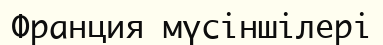
Франция мүсіншілері